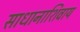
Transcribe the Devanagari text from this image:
साधानाशिवाय